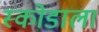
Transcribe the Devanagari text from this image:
स्कोडाला